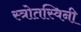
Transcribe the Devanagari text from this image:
स्त्रोतस्विनी